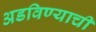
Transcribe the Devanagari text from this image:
अडविण्याची